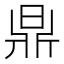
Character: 𣇓